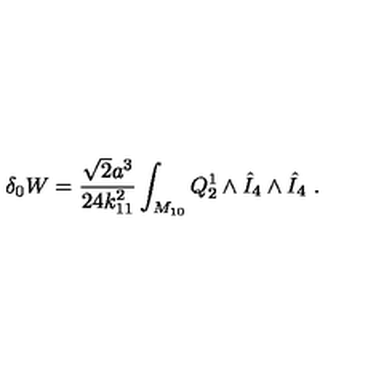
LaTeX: \delta _ { 0 } W = { \frac { \sqrt 2 a ^ { 3 } } { 2 4 k _ { 1 1 } ^ { 2 } } } \int _ { M _ { 1 0 } } Q _ { 2 } ^ { 1 } \wedge { \hat { I } } _ { 4 } \wedge { \hat { I } } _ { 4 } \ .